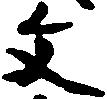
文